Indian Medical Review
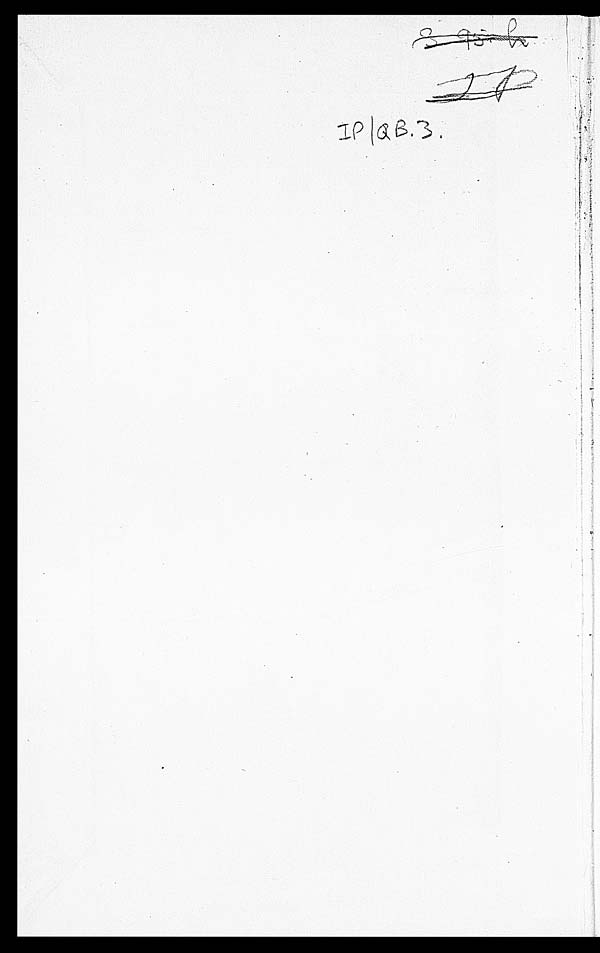
3 95 h
IP
IP/QB.3.